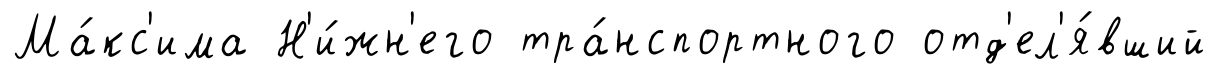
Ма́кс'има Н'и́жн'его тра́нспортного отд'ел'я́вший